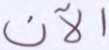
الآن